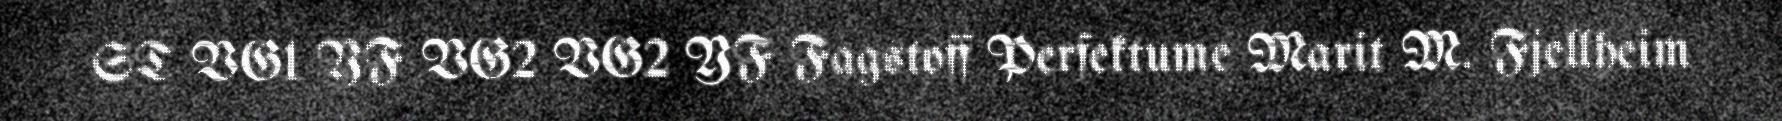
ST VG1 YF VG2 VG2 YF Fagstoff Perfektume Marit M. Fjellheim